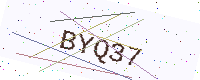
Text: BYQ37